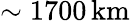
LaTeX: \sim 1700\, \mathrm{km}